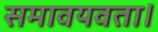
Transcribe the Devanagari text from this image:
समावयवता।